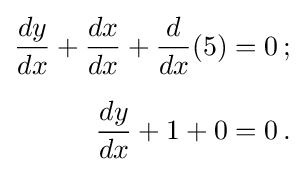
{\begin{aligned}{\frac {dy}{dx}}+{\frac {dx}{dx}}+{\frac {d}{dx}}(5)&=0\,;\\[6px]{\frac {dy}{dx}}+1+0&=0\,.\end{aligned}}